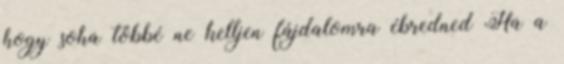
hogy soha többé ne kelljen fájdalomra ébredned Ha a